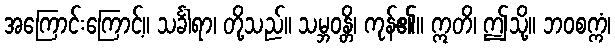
အကြောင်းကြောင့်။ သင်္ခါရာ၊ တို့သည်။ သမ္ဘဝန္တိ၊ ကုန်၏။ ဣတိ၊ ဤသို့။ ဘဝစက္ကံ၊